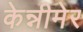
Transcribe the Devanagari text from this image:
केन्नीमेर